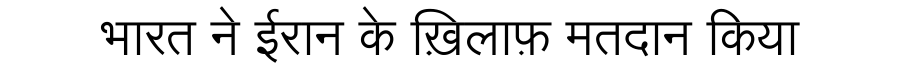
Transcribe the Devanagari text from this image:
भारत ने ईरान के ख़िलाफ़ मतदान किया